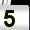
Digit: 5